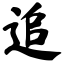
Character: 追